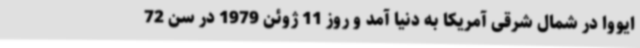
ایووا در شمال شرقی آمریکا به دنیا آمد و روز 11 ژوئن 1979 در سن 72